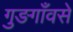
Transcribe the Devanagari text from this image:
गुङगाँवसे